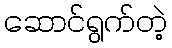
ဆောင်ရွက်တဲ့